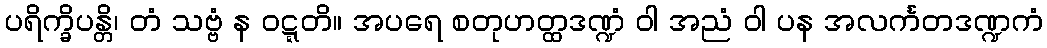
ပရိက္ခိပန္တိ၊ တံ သဗ္ဗံ န ဝဋ္ဋတိ။ အပရေ စတုဟတ္ထဒဏ္ဍံ ဝါ အညံ ဝါ ပန အလင်္ကတဒဏ္ဍကံ